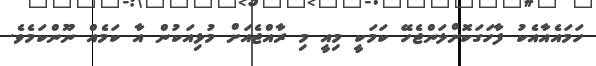
ހަމައެއާއެކު ފާހަގަކޮށްލަންޖެހޭ ކަމަކީ މިއީ މި ރާއްޖެއަށް މުޅިއަކުން އާ ކަމެއް ނޫންކަމެވެ.